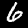
Label: 6